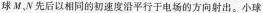
球M，N先后以相同的初速度沿平行于电场的方向射出。小球